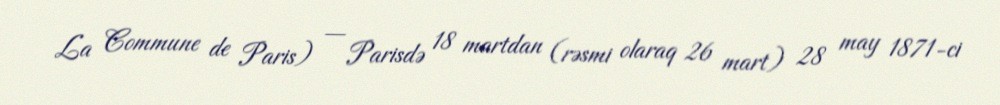
La Commune de Paris) — Parisdə 18 martdan (rəsmi olaraq 26 mart) 28 may 1871-ci